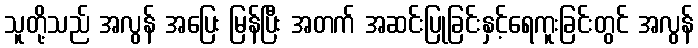
သူတို့သည် အလွန် အပြေး မြန်ပြီး အတက် အဆင်းပြုခြင်းနှင့်ရေကူးခြင်းတွင် အလွန်